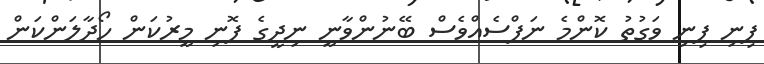
ފިނި ފިނި ވަގުތު ކޮންމެ ނަފްސެއްވެސް ބޭނުންވާނީ ނިދީގެ ފޮނި މީރުކަން ހޯދާލަންކަން